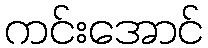
ကင်းအောင်